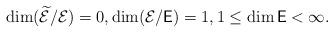
LaTeX: \begin{align*}\dim (\widetilde{\mathcal E}/\mathcal E)=0,\dim(\mathcal E/\mathsf E)=1,1\le\dim\mathsf E<\infty.\end{align*}